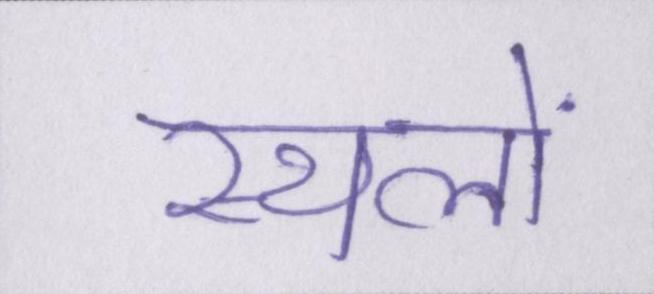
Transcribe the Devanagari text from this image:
स्थलों